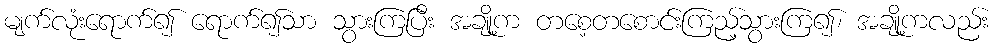
မျက်လုံးရောက်၍ ရောက်၍သာ သွားကြပြီး အချို့က တစေ့တစောင်းကြည့်သွားကြ၍၊ အချို့ကလည်း